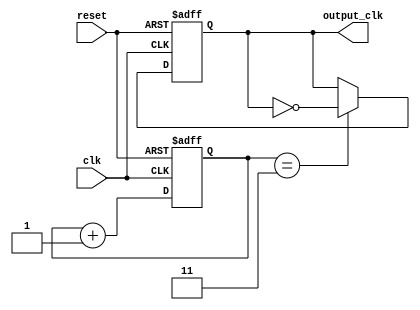
module dual_modulus_clock_divider (
    input wire clk,
    input wire reset,
    output reg output_clk
);

parameter M = 3; // Modulus value

reg [1:0] counter;

always @(posedge clk or posedge reset) begin
    if (reset) begin
        counter <= 2'b00;
        output_clk <= 1'b0;
    end else begin
        if (counter == M) begin
            counter <= counter + 1;
            output_clk <= ~output_clk;
        end else if (counter == (M+1)) begin
            counter <= 2'b00;
        end else begin
            counter <= counter + 1;
        end
    end
end

endmodule